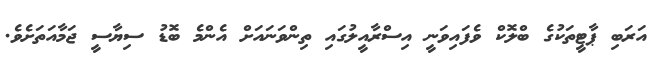
އަރަބި ޕާޓީތަކުގެ ބްލޮކް ވެފައިވަނީ އިސްރާއީލުގައި ތިންވަނައަށް އެންމެ ބޮޑު ސިޔާސީ ޖަމާއަތަށެވެ.